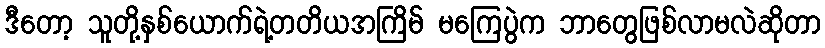
ဒီတော့ သူတို့နှစ်ယောက်ရဲ့တတိယအကြိမ် မကြေပွဲက ဘာတွေဖြစ်လာမလဲဆိုတာ